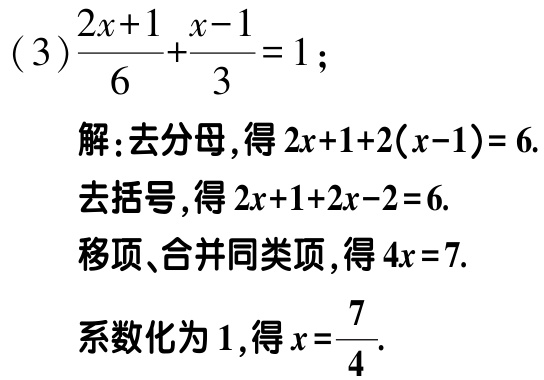
(3)$$\frac{2x + 1}{6}+\frac{x - 1}{3}=1;$$

解:去分母,得\(2x + 1 + 2(x - 1)=6\).

去括号,得\(2x + 1 + 2x - 2 = 6\).

移项、合并同类项,得\(4x = 7\).

系数化为1,得\(x=\frac{7}{4}\).